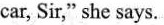
car, Sir,"she says.